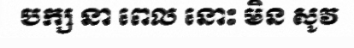
បក្ស នា ពេល នោះ មិន សូវ